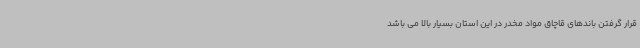
قرار گرفتن باندهای قاچاق مواد مخدر در این استان بسیار بالا می باشد